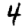
Digit: 4